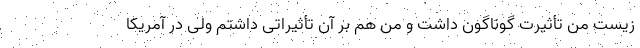
زیست من تأثیرت گوناگون داشت و من هم بر آن تأثیراتی داشتم ولی در آمریکا